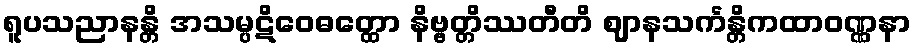
ရူပသညာနန္တိ အသမ္ပဋိဝေဓတ္ထော နိဗ္ဗတ္တိဿတီတိ ဈာနသင်္ကန္တိကထာဝဏ္ဏနာ